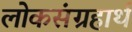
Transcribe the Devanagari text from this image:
लोकसंग्रहार्थ